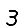
Digit: 3